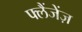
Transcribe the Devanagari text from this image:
फ्लैंजेंज़